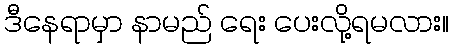
ဒီနေရာမှာ နာမည် ရေး ပေးလို့ရမလား။